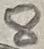
Text: 8